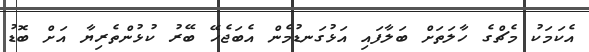
އެކަމަކު މެޗްގެ ހާލަތަށް ބަލާފައި އަޅުގަނޑުމެން އެބަޖެހޭ ބޭރު ކުޅުންތެރިޔާ އަށް ބޮޑު